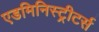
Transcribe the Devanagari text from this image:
एडमिनिस्ट्रीटर्स